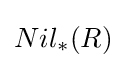
Nil_{*}(R)